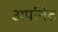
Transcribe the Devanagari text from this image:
अर्पानेट